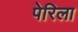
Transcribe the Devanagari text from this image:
पेरिला